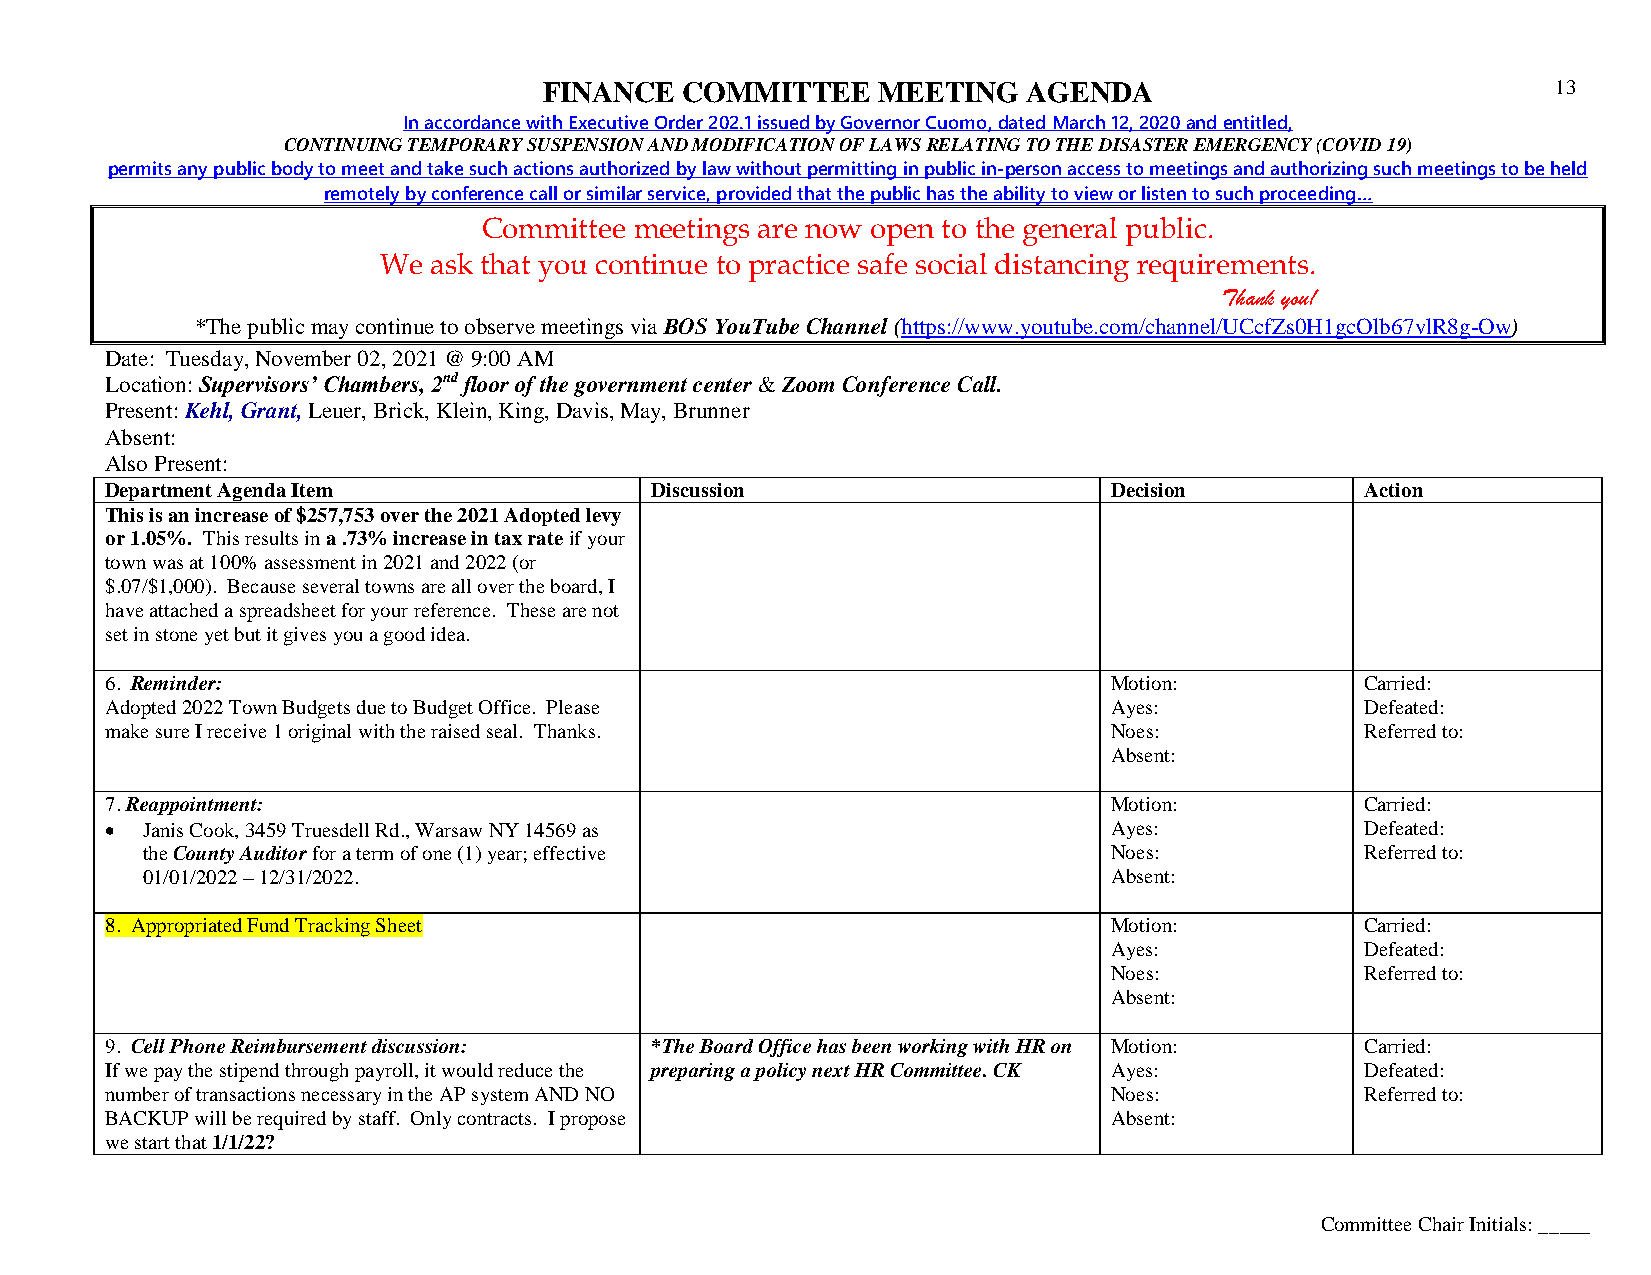
FINANCE  COMMITTEE    MEETING   AGENDA                             13
 In accordance with Executive Order 202.1 issued by Governor Cuomo, dated March 12, 2020 and entitled,
 CONTINUING TEMPORARY SUSPENSION AND MODIFICATION OF LAWS RELATING TO THE DISASTER EMERGENCY (COVID 19)
 permits any public body to meet and take such actions authorized by law without permitting in public in-person access to meetings and authorizing such meetings to be held
 remotely by conference call or similar service, provided that the public has the ability to view or listen to such proceeding…
 Committee meetings are now open to the general public.
 We ask that you continue to practice safe social distancing requirements.
 Thank you!
 *The public may continue to observe meetings via BOS YouTube Channel (https://www.youtube.com/channel/UCcfZs0H1gcOlb67vlR8g-Ow)
 Date: Tuesday, November 02, 2021 @ 9:00 AM
 Location: Supervisors’ Chambers, 2nd floor of the government center & Zoom Conference Call.
 Present: Kehl, Grant, Leuer, Brick, Klein, King, Davis, May, Brunner
 Absent:
 Also Present:
 Department Agenda Item              Discussion                    Decision         Action
 This is an increase of $257,753 over the 2021 Adopted levy
 or 1.05%. This results in a .73% increase in tax rate if your
 town was at 100% assessment in 2021 and 2022 (or
 $.07/$1,000). Because several towns are all over the board, I
 have attached a spreadsheet for your reference. These are not
 set in stone yet but it gives you a good idea.
 6. Reminder:                                                      Motion:          Carried:
 Adopted 2022 Town Budgets due to Budget Office. Please            Ayes:            Defeated:
 make sure I receive 1 original with the raised seal. Thanks.      Noes:            Referred to:
 Absent:
 7. Reappointment:                                                 Motion:          Carried:
  Janis Cook, 3459 Truesdell Rd., Warsaw NY 14569 as              Ayes:            Defeated:
 the County Auditor for a term of one (1) year; effective        Noes:            Referred to:
 01/01/2022 – 12/31/2022.                                        Absent:
 8. Appropriated Fund Tracking Sheet                               Motion:          Carried:
 Ayes:            Defeated:
 Noes:            Referred to:
 Absent:
 9. Cell Phone Reimbursement discussion: *The Board Office has been working with HR on Motion: Carried:
 If we pay the stipend through payroll, it would reduce the preparing a policy next HR Committee. CK Ayes: Defeated:
 number of transactions necessary in the AP system AND NO          Noes:            Referred to:
 BACKUP will be required by staff. Only contracts. I propose       Absent:
 we start that 1/1/22?
 Committee Chair Initials: _____